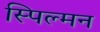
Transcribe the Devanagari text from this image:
स्पिल्मन